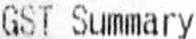
GST SUMMARY